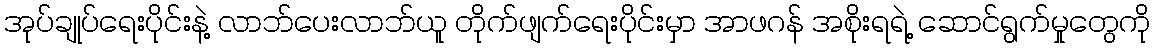
အုပ်ချုပ်ရေးပိုင်းနဲ့ လာဘ်ပေးလာဘ်ယူ တိုက်ဖျက်ရေးပိုင်းမှာ အာဖဂန် အစိုးရရဲ့ ဆောင်ရွက်မှုတွေကို